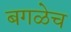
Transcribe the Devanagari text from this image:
बगळेच